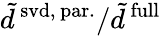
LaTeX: \tilde{d}^{\mathrm{\, svd,\, par.}}/\tilde{d}^{\mathrm{\, full}}